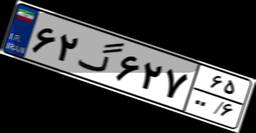
۶۲گ۶۲۷۶۵